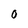
Character: 0